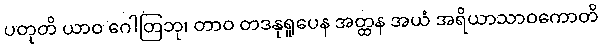
ပတုတိ ယာဝ ဂေါတြဘု၊ တာဝ တဒနုရူပေန အတ္ထန အယံ အရိယာသာဝကောတိ